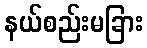
နယ်စည်းမခြား